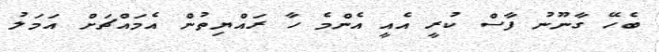
ބެހޭ ގާނޫނު ފާސް ކުރީ އެއީ އެންމެ ހާ ރައްޔިތުން އެމައްޗަށް އަމަލު